Vaccine operations Central Provinces & Berar 1912-1920 - 1912-1920
Year: 1912
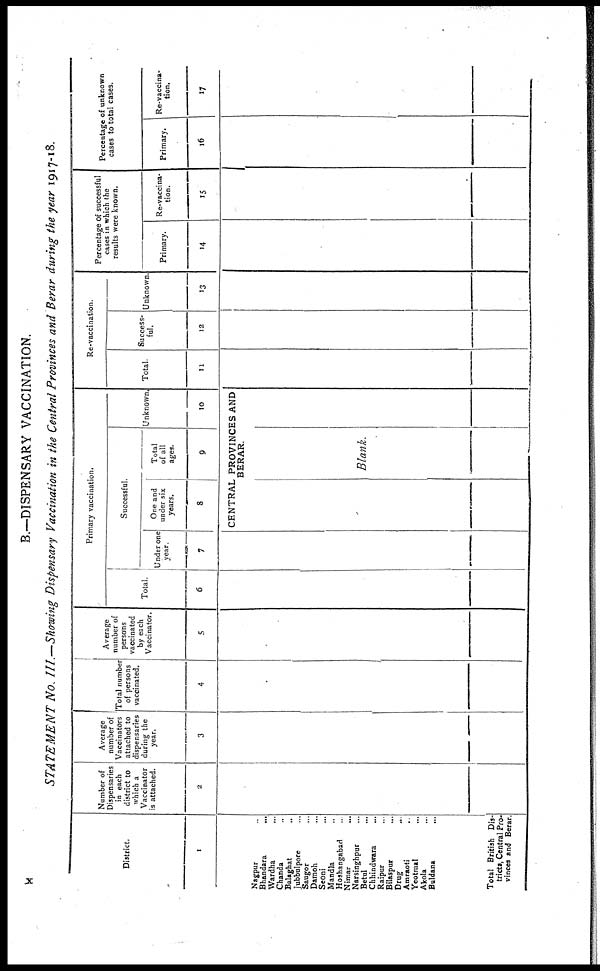
B.—DISPENSARY VACCINATION.
STATEMENT No. III.—Showing Dispensary Vaccination in the Central Provinces and Berar during the year 1917-18.
District.
1
Nagpur ...
Bhandara
...
Wardha ...
Chanda ...
Balaghat ...
Jubbulpore ...
Saugor ...
Damoh ...
Seoni ...
Mandla ...
Hoshangabad ...
Nimar ...
Narsinghpur ...
Betul ...
Chhindwara ...
Raipur ...
Bilaspur ...
Drug ...
Amraoti ...
Yeotmal ...
Akola ...
Buldana ...
Total British Dis-
tricts, Central Pro-
vinces and Berar.
Number of
Dispensaries
in each
district to
which a
Vaccinator
is attached.
2
Average
number of
Vaccinators
attached to
dispensaries
during the
year.
3
Total number
of persons
vaccinated.
4
Average
number of
persons
vaccinated
by each
Vaccinator.
5
Primary vaccination.
Total.
6
Successful.
Under one
year.
7
One and
under six
years.
8
Total
of all
ages.
9
Unknown.
10
CENTRAL PROVINCES AND
BERAR
Blank.
Re-vaccination.
Total
11
Success¬
ful.
12
Unknown.
13
Percentage of successful
cases in which the
results were known.
Primary.
14
Re-vaccina-
tion.
15
Percentage of unknown
cases to total cases.
Primary.
16
Re-vaccina-
tion.
17
x